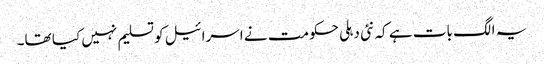
یہ الگ بات ہے کہ نئی دہلی حکومت نے اسرائیل کو تسلیم نہیں کیا تھا۔